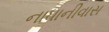
નાધાનીવાસ